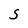
Character: S